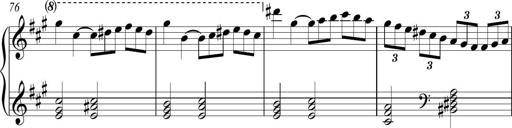
Title: Piano Sonatina in A major
Composer: Z Q Sysmoebius
Key: A major